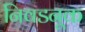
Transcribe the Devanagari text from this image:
निवडनूक